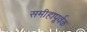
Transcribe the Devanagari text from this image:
समीहापूर्वक